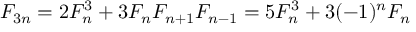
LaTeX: F _ { 3 n } = 2 F _ { n } ^ { 3 } + 3 F _ { n } F _ { n + 1 } F _ { n - 1 } = 5 F _ { n } ^ { 3 } + 3 ( - 1 ) ^ { n } F _ { n }